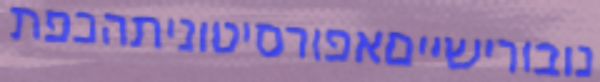
נובורישייםאפורסיטוניתהכפת